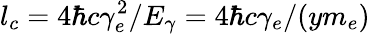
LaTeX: l_{c}=4\hbar c\gamma_{e}^{2}/E_{\gamma}=4\hbar c\gamma_{e}/(ym_{e})